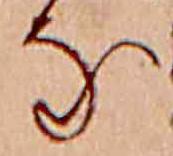
な